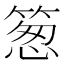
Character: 䈡